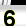
Digit: 6